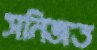
সনিজত